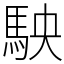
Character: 駚